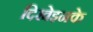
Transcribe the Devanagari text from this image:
दिखेइनके